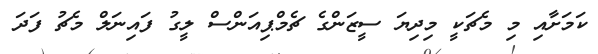
ކަމަށާއި މި މެޗަކީ މިދިޔަ ސީޒަންގެ ޗެމްޕިއަންސް ލީގު ފައިނަލް މެޗު ފަދަ